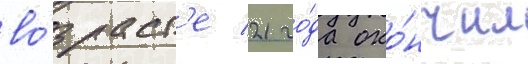
во́зраст'е 21 го́да око́нчил